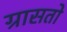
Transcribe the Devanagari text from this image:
ग्रासतो